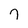
Character: 7